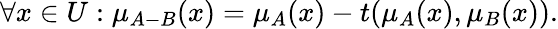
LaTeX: \forall x\in{U}:\mu_{A-{B}}(x)=\mu_{A}(x)-t(\mu_{A}(x),\mu_{B}(x)).